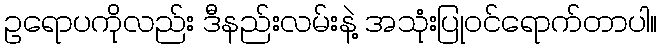
ဥရောပကိုလည်း ဒီနည်းလမ်းနဲ့ အသုံးပြုဝင်ရောက်တာပါ။